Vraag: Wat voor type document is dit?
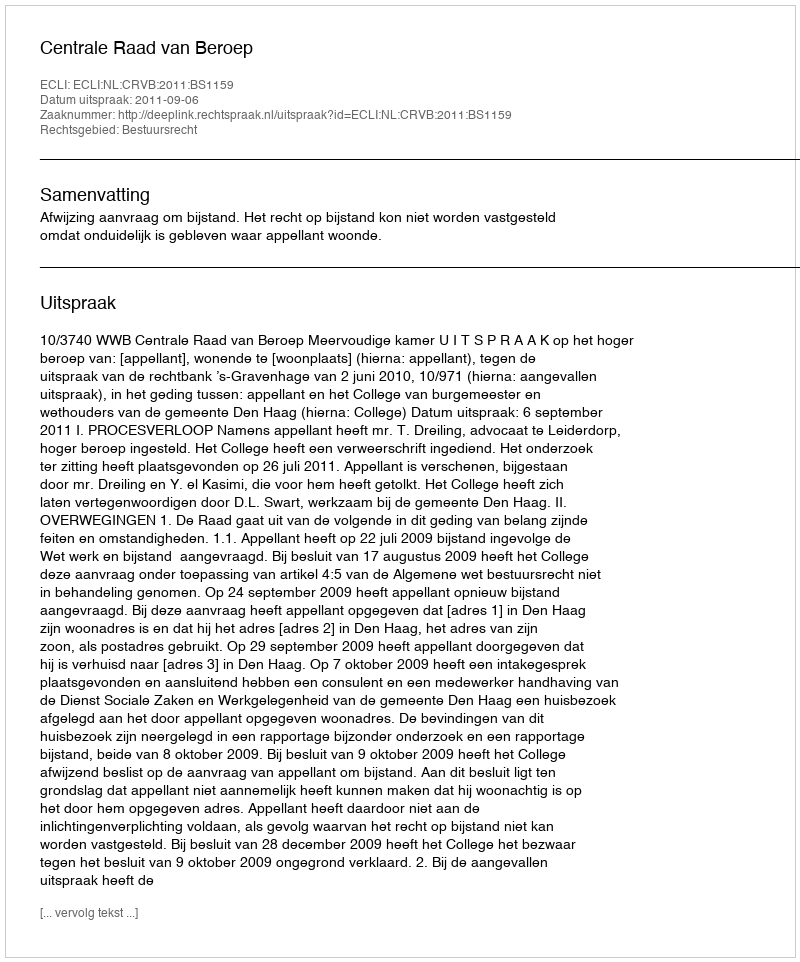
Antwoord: Uitspraak